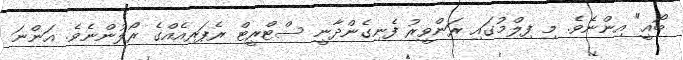
ބޯއީ" އިންނެވެ. މި ފިލްމުގައި ރަންވީރު ފެނިގެންދާނީ ސްޓްރީޓް ރެޕަރއެއްގެ ރޯލުންނެވެ. އަންނަ